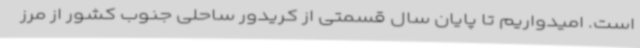
است. امیدواریم تا پایان سال قسمتی از کریدور ساحلی جنوب کشور از مرز